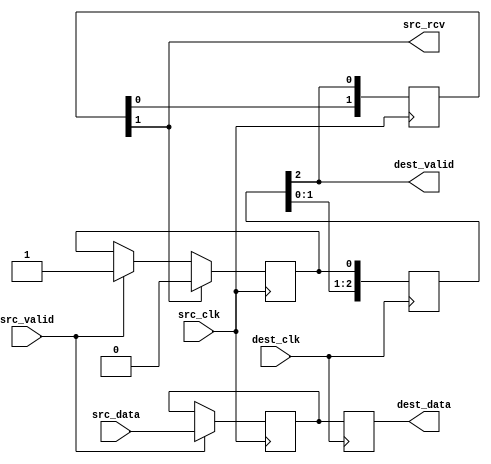
module cdc_handshake #(
	parameter WIDTH = 1
) (
input wire src_clk,
input wire [WIDTH-1:0] src_data,
input wire src_valid,
output wire src_rcv,

input wire dest_clk,
output reg [WIDTH-1:0] dest_data,
output wire dest_valid
);

// XXX: Add async register property
reg [2:0] dest_sync_reg = 3'd0;
reg [2:0] src_sync_reg = 3'd0;

reg src_valid_d1 = 1'b0;
reg [WIDTH-1:0] src_data_d1 = {WIDTH{1'b0}};

assign src_rcv = src_sync_reg[1];
assign dest_valid = dest_sync_reg[2];

always @(posedge dest_clk) begin
	dest_sync_reg <= {dest_sync_reg[1:0], src_valid_d1};
	dest_data <= src_data_d1;
end

always @(posedge src_clk) begin
	if (src_valid) begin
		src_valid_d1 <= 1'b1;
		src_data_d1 <= src_data;
	end
	if (src_sync_reg[1]) begin
		src_valid_d1 <= 1'b0;
	end
	src_sync_reg <= {src_sync_reg[1:0], dest_sync_reg[2]};
end

endmodule